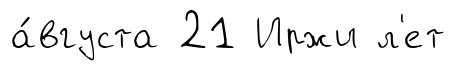
а́вгуста 21 Иржи л'ет